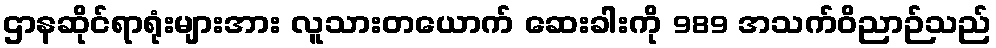
ဌာနဆိုင်ရာရုံးများအား လူသားတယောက် ဆေးခါးကို 989 အသက်ဝိညာဉ်သည်